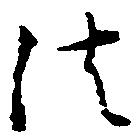
法